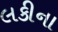
લકીના